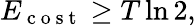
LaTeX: E_{\mathrm{~c~o~s~t~}}\ge T\ln 2,